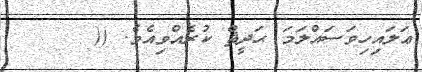
ޢަލައިހިވަސައްލަމަ ޙަދީޘް ކުރެއްވިއެވެ. ((